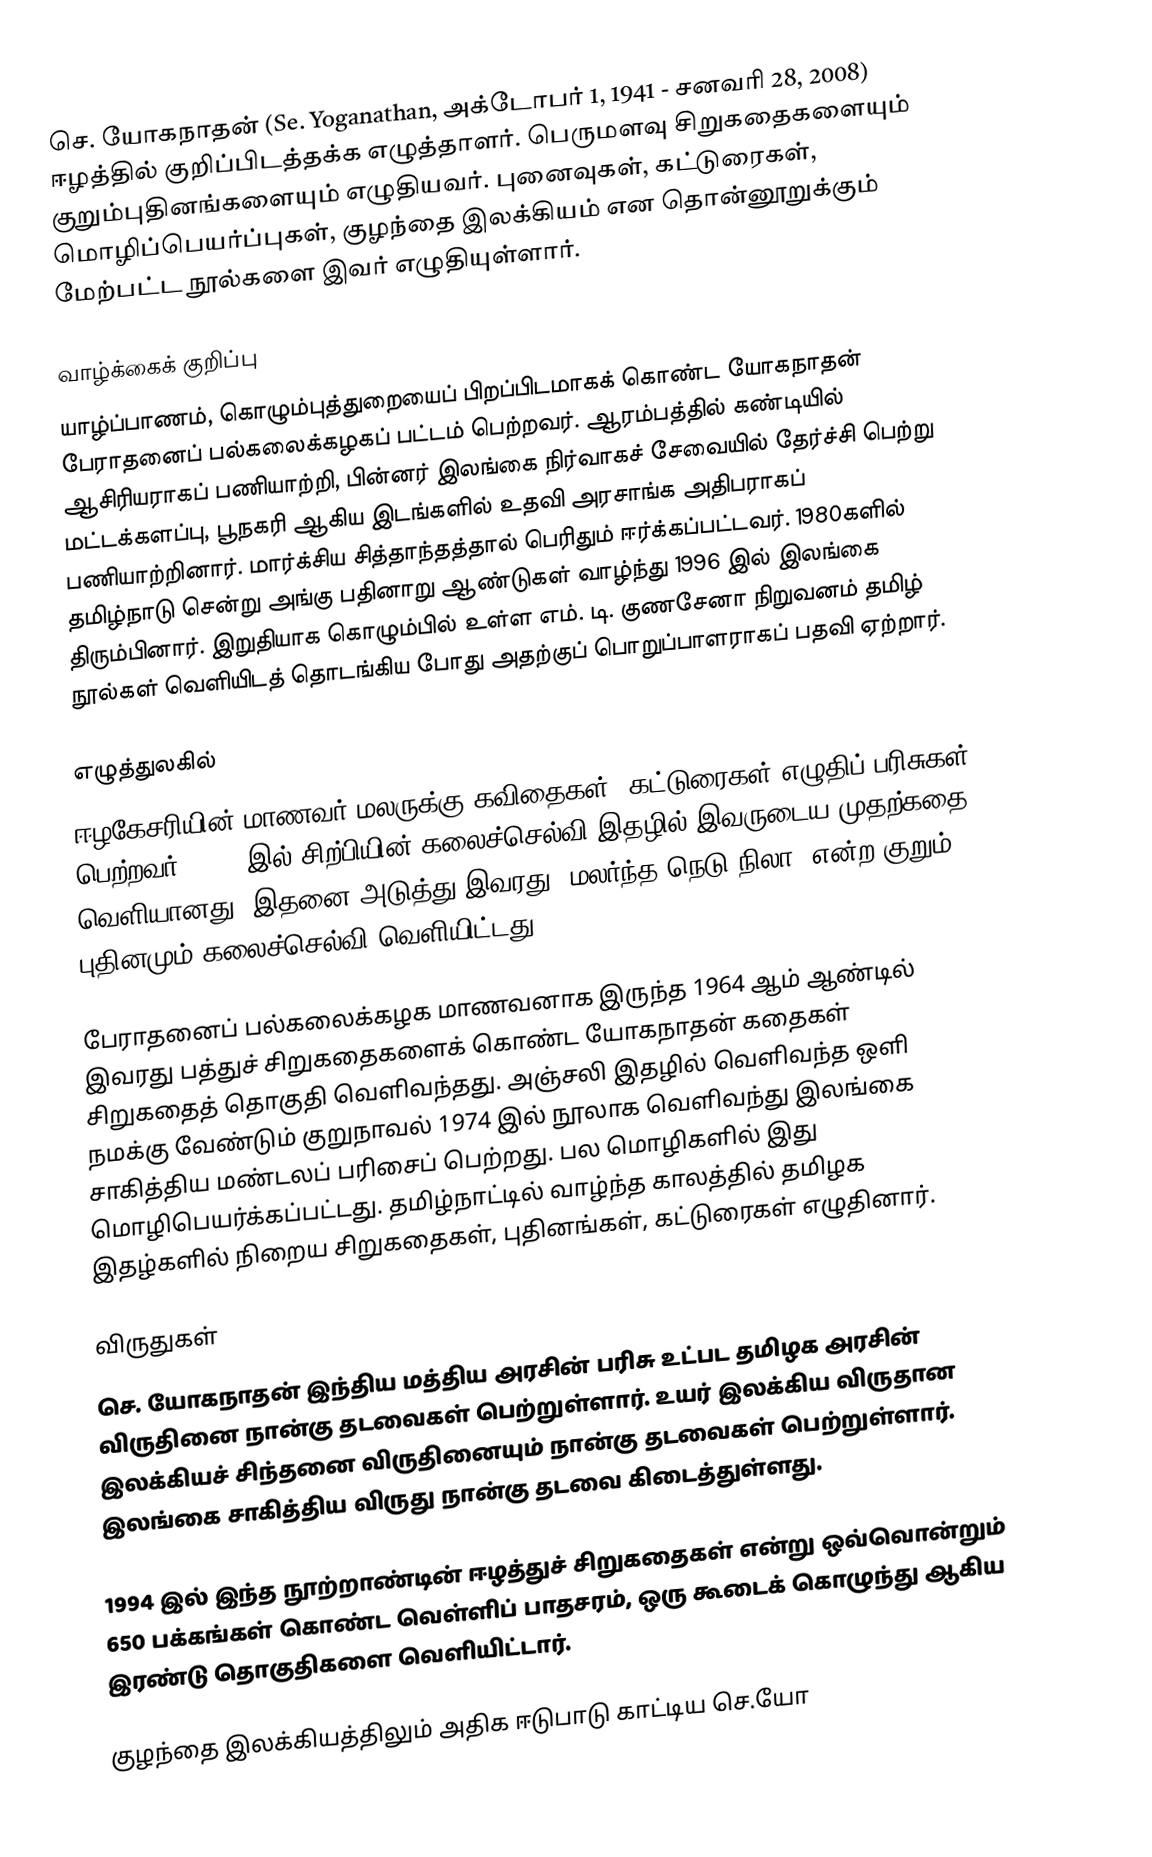
செ. யோகநாதன் (Se. Yoganathan, அக்டோபர் 1, 1941 - சனவரி 28, 2008) ஈழத்தில் குறிப்பிடத்தக்க எழுத்தாளர். பெருமளவு சிறுகதைகளையும் குறும்புதினங்களையும் எழுதியவர். புனைவுகள், கட்டுரைகள், மொழிப்பெயர்ப்புகள், குழந்தை இலக்கியம் என தொன்னூறுக்கும் மேற்பட்ட நூல்களை இவர் எழுதியுள்ளார்.

வாழ்க்கைக் குறிப்பு
யாழ்ப்பாணம், கொழும்புத்துறையைப் பிறப்பிடமாகக் கொண்ட யோகநாதன் பேராதனைப் பல்கலைக்கழகப் பட்டம் பெற்றவர். ஆரம்பத்தில் கண்டியில் ஆசிரியராகப் பணியாற்றி, பின்னர் இலங்கை நிர்வாகச் சேவையில் தேர்ச்சி பெற்று மட்டக்களப்பு, பூநகரி ஆகிய இடங்களில் உதவி அரசாங்க அதிபராகப் பணியாற்றினார். மார்க்சிய சித்தாந்தத்தால் பெரிதும் ஈர்க்கப்பட்டவர். 1980களில் தமிழ்நாடு சென்று அங்கு பதினாறு ஆண்டுகள் வாழ்ந்து 1996 இல் இலங்கை திரும்பினார். இறுதியாக கொழும்பில் உள்ள எம். டி. குணசேனா நிறுவனம் தமிழ் நூல்கள் வெளியிடத் தொடங்கிய போது அதற்குப் பொறுப்பாளராகப் பதவி ஏற்றார்.

எழுத்துலகில்
ஈழகேசரியின் மாணவர் மலருக்கு கவிதைகள், கட்டுரைகள் எழுதிப் பரிசுகள் பெற்றவர். 1962 இல் சிற்பியின் கலைச்செல்வி இதழில் இவருடைய முதற்கதை வெளியானது. இதனை அடுத்து இவரது "மலர்ந்த நெடு நிலா" என்ற குறும் புதினமும் கலைச்செல்வி வெளியிட்டது.

பேராதனைப் பல்கலைக்கழக மாணவனாக இருந்த 1964 ஆம் ஆண்டில் இவரது பத்துச் சிறுகதைகளைக் கொண்ட யோகநாதன் கதைகள் சிறுகதைத் தொகுதி வெளிவந்தது. அஞ்சலி இதழில் வெளிவந்த ஒளி நமக்கு வேண்டும் குறுநாவல் 1974 இல் நூலாக வெளிவந்து இலங்கை சாகித்திய மண்டலப் பரிசைப் பெற்றது. பல மொழிகளில் இது மொழிபெயர்க்கப்பட்டது. தமிழ்நாட்டில் வாழ்ந்த காலத்தில் தமிழக இதழ்களில் நிறைய சிறுகதைகள், புதினங்கள், கட்டுரைகள் எழுதினார்.

விருதுகள்
செ. யோகநாதன் இந்திய மத்திய அரசின் பரிசு உட்பட தமிழக அரசின் விருதினை நான்கு தடவைகள் பெற்றுள்ளார். உயர் இலக்கிய விருதான இலக்கியச் சிந்தனை விருதினையும் நான்கு தடவைகள் பெற்றுள்ளார். இலங்கை சாகித்திய விருது நான்கு தடவை கிடைத்துள்ளது.

1994 இல் இந்த நூற்றாண்டின் ஈழத்துச் சிறுகதைகள் என்று ஒவ்வொன்றும் 650 பக்கங்கள் கொண்ட வெள்ளிப் பாதசரம், ஒரு கூடைக் கொழுந்து ஆகிய இரண்டு தொகுதிகளை வெளியிட்டார்.

குழந்தை இலக்கியத்திலும் அதிக ஈடுபாடு காட்டிய செ.யோ